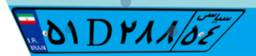
۱۰D۴۴۱۳۷